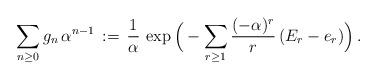
LaTeX: \begin{align*}\sum_{n\geq 0}g_n\,\alpha^{n-1}\,:=\,\frac{1}{\alpha}\,\exp\Big(-\sum_{r\geq 1}\frac{(-\alpha)^r}{r}\,(E_r-e_r)\Big)\,.\end{align*}